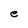
Character: e